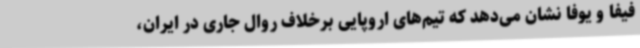
فیفا و یوفا نشان می‌دهد که تیم‌های اروپایی برخلاف روال جاری در ایران،